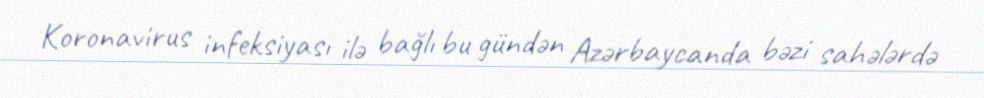
Koronavirus infeksiyası ilə bağlı bu gündən Azərbaycanda bəzi sahələrdə